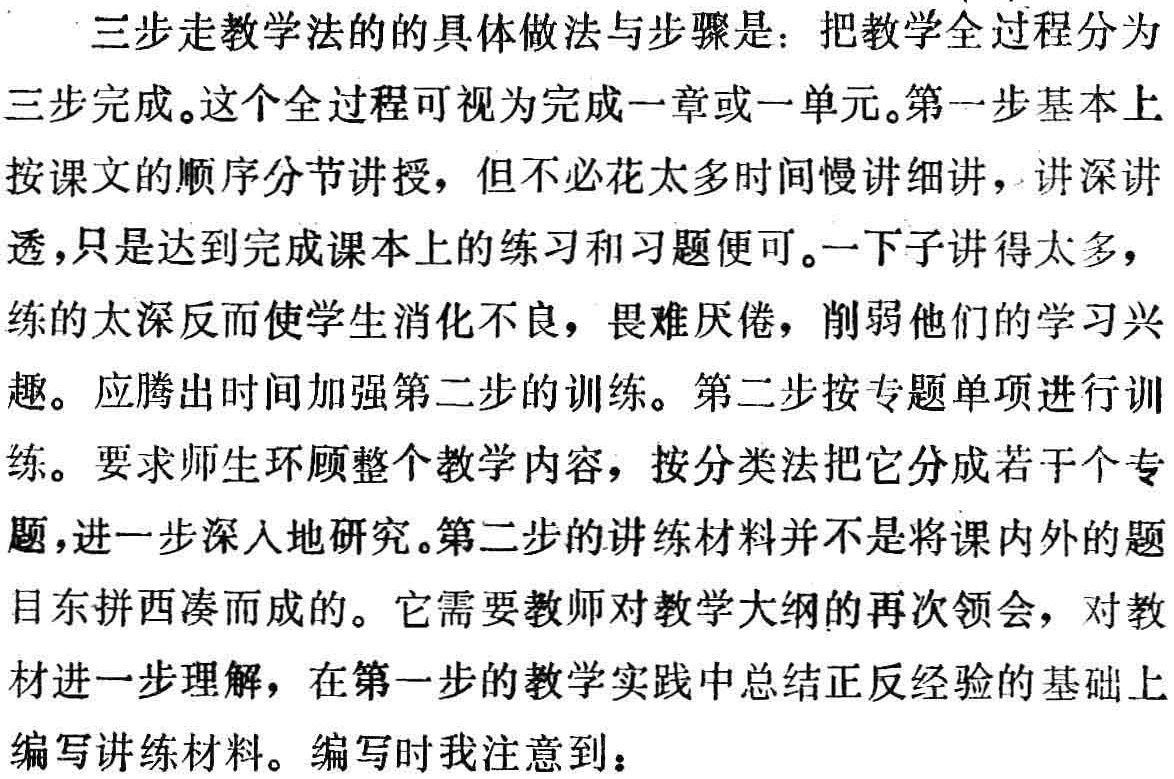
三步走教学法的的具体做法与步骤是：把教学全过程分为

三步完成。这个全过程可视为完成一章或一单元。第一步基本上

按课文的顺序分节讲授，但不必花太多时间慢讲细讲，讲深讲

透，只是达到完成课本上的练习和习题便可。一下子讲得太多，

练的太深反而使学生消化不良，畏难厌倦，削弱他们的学习兴

趣。应腾出时间加强第二步的训练。第二步按专题单项进行训

练。要求师生环顾整个教学内容，按分类法把它分成若干个专

题，进一步深入地研究。第二步的讲练材料并不是将课内外的题

目东拼西凑而成的。它需要教师对教学大纲的再次领会，对教

材进一步理解，在第一步的教学实践中总结正反经验的基础上

编写讲练材料。编写时我注意到：